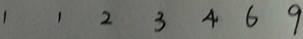
1 1 2 3 4 6 9